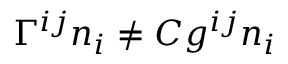
\Gamma ^ { i j } n _ { i } \ne C g ^ { i j } n _ { i }